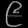
Digit: ၉